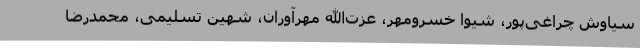
سیاوش چراغی‌پور، شیوا خسرومهر، عزت‌الله مهرآوران، شهین تسلیمی، محمدرضا